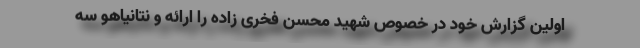
اولین گزارش خود در خصوص شهید محسن فخری زاده را ارائه و نتانیاهو سه